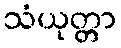
သံယုတ္တာ